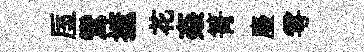
厔鸞摭花姦箐麈雩